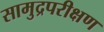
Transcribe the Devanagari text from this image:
सामुद्रपरीक्षण